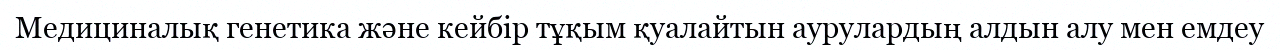
Медициналық генетика және кейбір тұқым қуалайтын аурулардың алдын алу мен емдеу